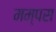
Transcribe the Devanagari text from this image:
मम्पस